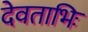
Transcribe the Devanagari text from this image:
देवताभिः